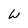
Character: w